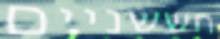
חששניים